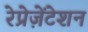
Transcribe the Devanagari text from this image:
रेप्रेज़ेंटेशन